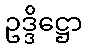
ဥဒ္ဒိဋ္ဌော